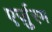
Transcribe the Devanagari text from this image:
एर्ज़ुरम